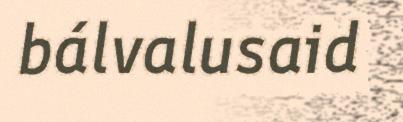
bálvalusaid